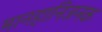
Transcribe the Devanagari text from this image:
मानहानिजनक